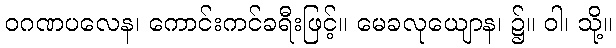
ဝဂဏပလေန၊ ကောင်းကင်ခရီးဖြင့်။ မေခလုယျောန၊ ၌။ ဝါ၊ သို့။